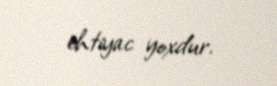
ehtiyac yoxdur.